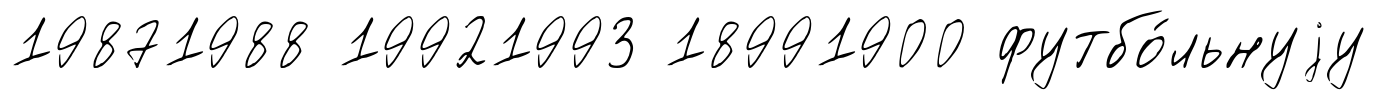
19871988 19921993 18991900 футбо́льнуjу